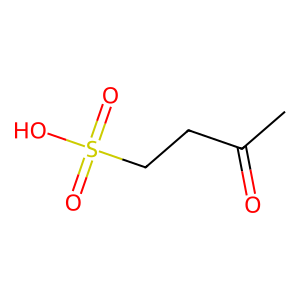
SMILES: CC(=O)CCS(=O)(=O)O
Inhibits HIV replication: No